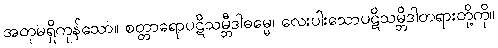
အတုမရှိကုန်သော။ စတ္တာရောပဋိသမ္ဘီဒါဓမ္မေ၊ လေးပါးသောပဋိသမ္ဘိဒါတရားတို့ကို။